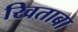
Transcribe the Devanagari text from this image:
खिताबा